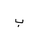
Letter: _ba